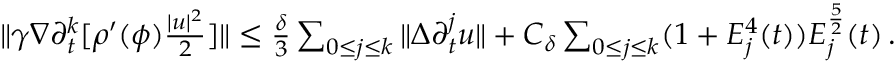
\begin{array} { r } { \| \gamma \nabla \partial _ { t } ^ { k } [ \rho ^ { \prime } ( \phi ) \frac { | u | ^ { 2 } } { 2 } ] \| \leq \frac { \delta } { 3 } \sum _ { 0 \leq j \leq k } \| \Delta \partial _ { t } ^ { j } u \| + C _ { \delta } \sum _ { 0 \leq j \leq k } ( 1 + E _ { j } ^ { 4 } ( t ) ) E _ { j } ^ { \frac { 5 } { 2 } } ( t ) \, . } \end{array}